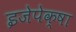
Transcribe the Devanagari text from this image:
इजेपेक्षा